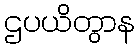
ဌပယိတွာန